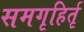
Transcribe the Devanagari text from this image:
समगृहिर्तृ